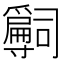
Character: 𡭒